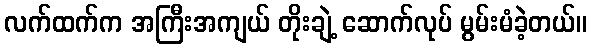
လက်ထက်က အကြီးအကျယ် တိုးချဲ့ ဆောက်လုပ် မွမ်းမံခဲ့တယ်။